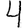
Digit: 4